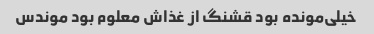
خیلی‌مونده بود قشنگ از غذاش معلوم بود موندس